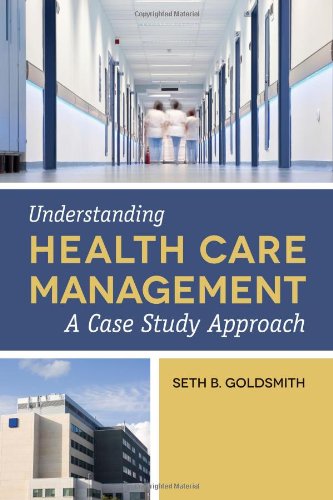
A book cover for Understanding Health Care Management: A Case Study Approach; Seth B. Goldsmith; Law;